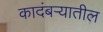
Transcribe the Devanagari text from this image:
कादंबऱ्यातील